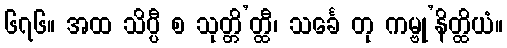
၆၇၆။ အထ သိပ္ပီ စ သုတ္တိ’တ္ထီ၊ သင်္ခေ တု ကမ္ဗု’နိတ္ထိယံ။